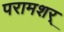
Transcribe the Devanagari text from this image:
परामशर्